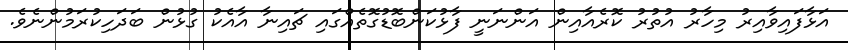
އަޅާފައިވާއިރު މިހާރު އުތުރު ކޮރެއާއިން އަންނަނީ ފާޅުކަންބޮޑުގޮތެއްގައި ޗައިނާ އާއެކު ގުޅުން ބަދަހިކުރަމުންނެވެ.